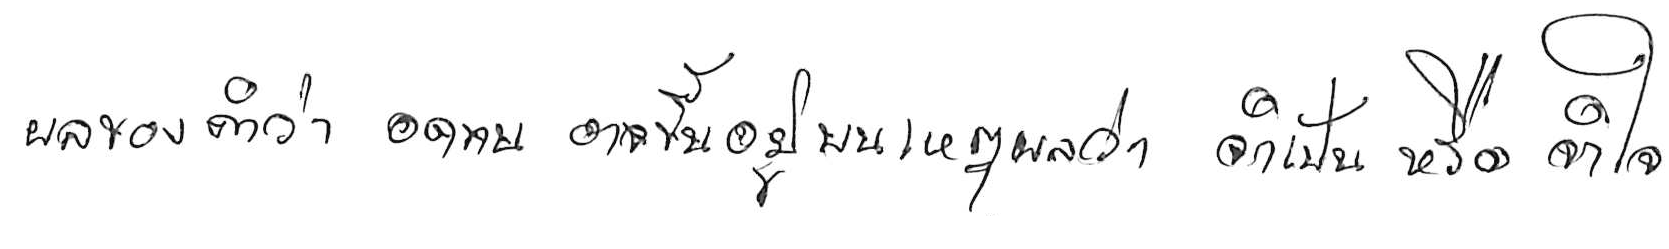
ผลของคำว่า อดทน อาจขึ้นอยู่บนเหตุผลว่า จำเป็น หรือ จำใจ